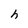
Character: h